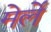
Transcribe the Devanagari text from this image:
मेर्ले